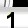
Digit: 1